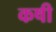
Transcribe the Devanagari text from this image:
कषी